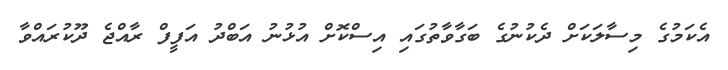
އެކަމުގެ މިސާލަކަށް ދެކުނުގެ ބަގާވާތުގައި އިސްކޮށް އުޅުނު އަބްދު އަފީފް ރާއްޖެ ދޫކުރައްވާ